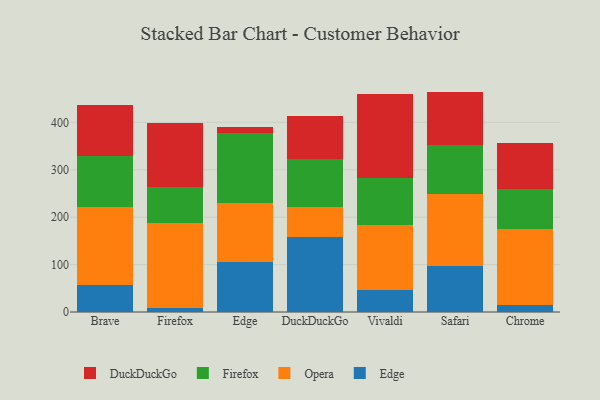
{"axis": {"x": "Browser", "y": "Budget (USD K)"}, "legend": ["DuckDuckGo", "Edge", "Firefox", "Opera"], "data": [{"x": "Brave", "y": 57.3, "type": "Edge"}, {"x": "Brave", "y": 163.9, "type": "Opera"}, {"x": "Brave", "y": 108.6, "type": "Firefox"}, {"x": "Brave", "y": 107.0, "type": "DuckDuckGo"}, {"x": "Firefox", "y": 7.8, "type": "Edge"}, {"x": "Firefox", "y": 179.9, "type": "Opera"}, {"x": "Firefox", "y": 75.0, "type": "Firefox"}, {"x": "Firefox", "y": 135.5, "type": "DuckDuckGo"}, {"x": "Edge", "y": 105.6, "type": "Edge"}, {"x": "Edge", "y": 124.2, "type": "Opera"}, {"x": "Edge", "y": 146.8, "type": "Firefox"}, {"x": "Edge", "y": 13.8, "type": "DuckDuckGo"}, {"x": "DuckDuckGo", "y": 158.3, "type": "Edge"}, {"x": "DuckDuckGo", "y": 62.7, "type": "Opera"}, {"x": "DuckDuckGo", "y": 102.1, "type": "Firefox"}, {"x": "DuckDuckGo", "y": 90.3, "type": "DuckDuckGo"}, {"x": "Vivaldi", "y": 47.2, "type": "Edge"}, {"x": "Vivaldi", "y": 136.1, "type": "Opera"}, {"x": "Vivaldi", "y": 98.6, "type": "Firefox"}, {"x": "Vivaldi", "y": 178.6, "type": "DuckDuckGo"}, {"x": "Safari", "y": 98.0, "type": "Edge"}, {"x": "Safari", "y": 151.6, "type": "Opera"}, {"x": "Safari", "y": 102.4, "type": "Firefox"}, {"x": "Safari", "y": 112.8, "type": "DuckDuckGo"}, {"x": "Chrome", "y": 14.1, "type": "Edge"}, {"x": "Chrome", "y": 160.7, "type": "Opera"}, {"x": "Chrome", "y": 85.3, "type": "Firefox"}, {"x": "Chrome", "y": 96.1, "type": "DuckDuckGo"}]}